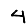
Digit: 4